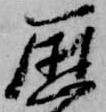
歴